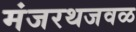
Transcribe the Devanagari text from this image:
मंजरथजवळ